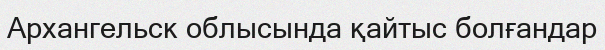
Архангельск облысында қайтыс болғандар